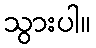
သွားပါ။